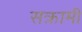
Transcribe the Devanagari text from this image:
सक्रामी